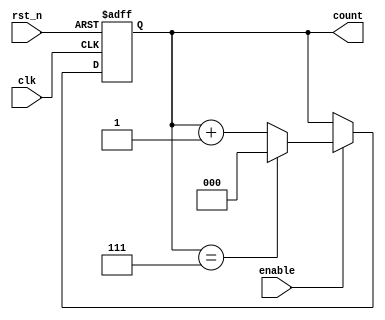
module mod_n_async_counter #(parameter N = 8) (
    input wire clk,          // Clock input
    input wire rst_n,       // Active-low reset
    input wire enable,      // Enable input
    output reg [$clog2(N)-1:0] count // Count output
);

    // Internal signal to capture the next count value
    wire [$clog2(N)-1:0] next_count;

    // Generate the next count value if enabled
    assign next_count = (count == (N-1)) ? 0 : count + 1;

    // Asynchronous counter process
    always @(posedge clk or negedge rst_n) begin
        if (!rst_n) begin
            count <= 0; // Reset count to 0
        end else if (enable) begin
            count <= next_count; // Update count
        end
    end

endmodule